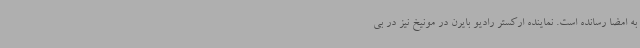
به امضا رسانده است. نماینده ارکستر رادیو بایرن در مونیخ نیز در بی